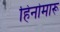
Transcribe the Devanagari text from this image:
हिनोमारू